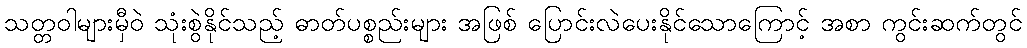
သတ္တဝါများမှီဝဲ သုံးစွဲနိုင်သည့် ဓာတ်ပစ္စည်းများ အဖြစ် ပြောင်းလဲပေးနိုင်သောကြောင့် အစာ ကွင်းဆက်တွင်